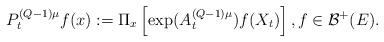
LaTeX: \begin{align*} P^{(Q-1)\mu}_{t}f(x):=\Pi_{x}\left[ \exp(A^{(Q-1)\mu}_{t}) f(X_{t})\right], f\in\mathcal{B}^{+}(E). \end{align*}